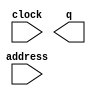
module whoosh_new (
	address,
	clock,
	q);

	input	[12:0]  address;
	input	  clock;
	output	[11:0]  q;
`ifndef ALTERA_RESERVED_QIS
// synopsys translate_off
`endif
	tri1	  clock;
`ifndef ALTERA_RESERVED_QIS
// synopsys translate_on
`endif

endmodule